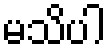
မသိပါ